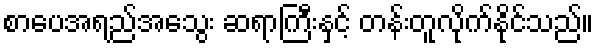
စာပေအရည်အသွေး ဆရာကြီးနှင့် တန်းတူလိုက်နိုင်သည်။